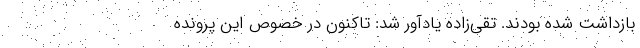
بازداشت شده بودند. تقی‌زاده یادآور شد: تاکنون در خصوص این پرونده